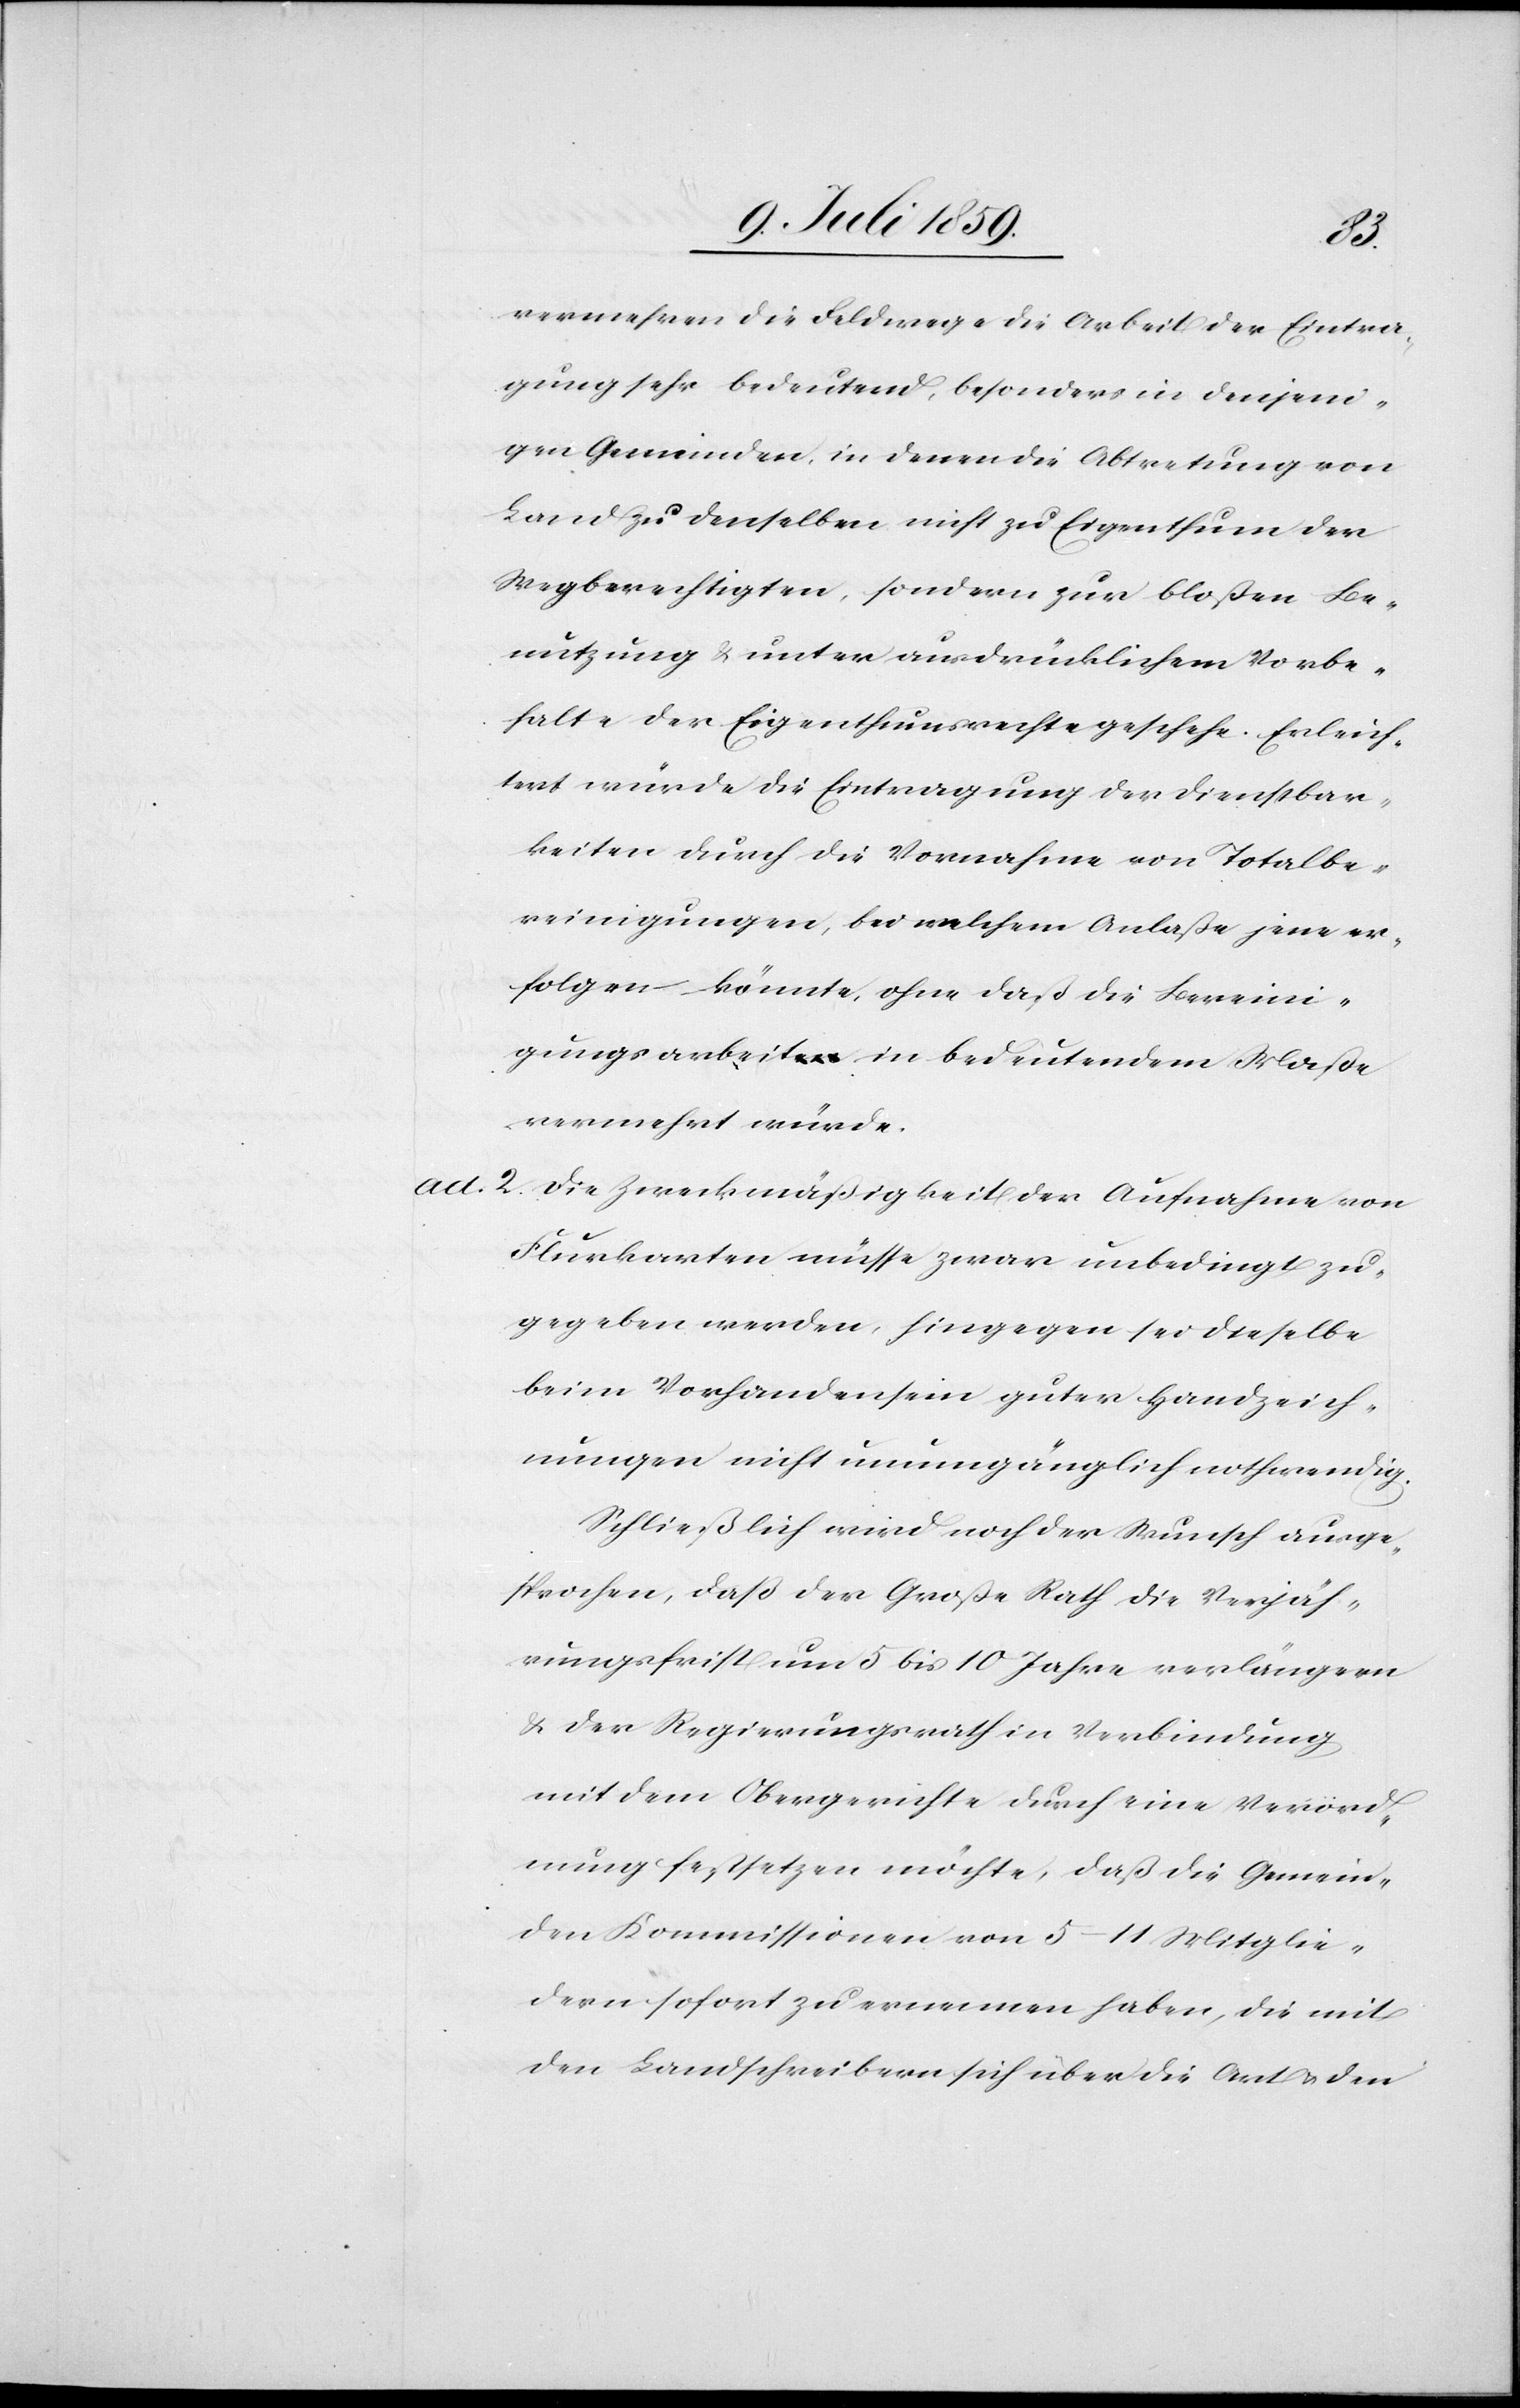
vermehren die Feldwege die Arbeit der Eintra¬
gung sehr bedeutend, besonders in denjeni¬
gen Gemeinden, in denen die Abtretung von
Land zu denselben nicht zu Eigenthum der
Wegberechtigten, sondern zur bloßen Be¬
nutzung u. unter ausdrücklichem Vorbe¬
halte der Eigenthumsrechte geschehe. Erleich¬
tert würde die Eintragung der Dienstbar¬
keiten durch die Vornahme von Totalbe¬
reinigungen, bei welchem Anlaße jene er¬
folgen könnte, ohne daß die Bereini¬
gungsarbeit in bedeutendem Maße
vermehrt würde.
ad. 2. Die Zweckmäßigkeit der Aufnahme von
Flurkarten müsse zwar unbedingt zu¬
gegeben werden, hingegen sei dieselbe
beim Vorhandensein guter Handzeich¬
nungen nicht unumgänglich nothwendig.
Schließlich wird noch der Wunsch ausge¬
sprochen, daß der Große Rath die Verjäh¬
rungsfrist um 5 bis 10 Jahre verlängern
u. der Regierungsrath in Verbindung
mit dem Obergerichte durch eine Verord¬
nung festsetzen möchte, daß die Gemein¬
den Kommissionen von 5–11 Mitglie¬
dern sofort zu ernennen haben, die mit
den Landschreibern sich über die Art u. den